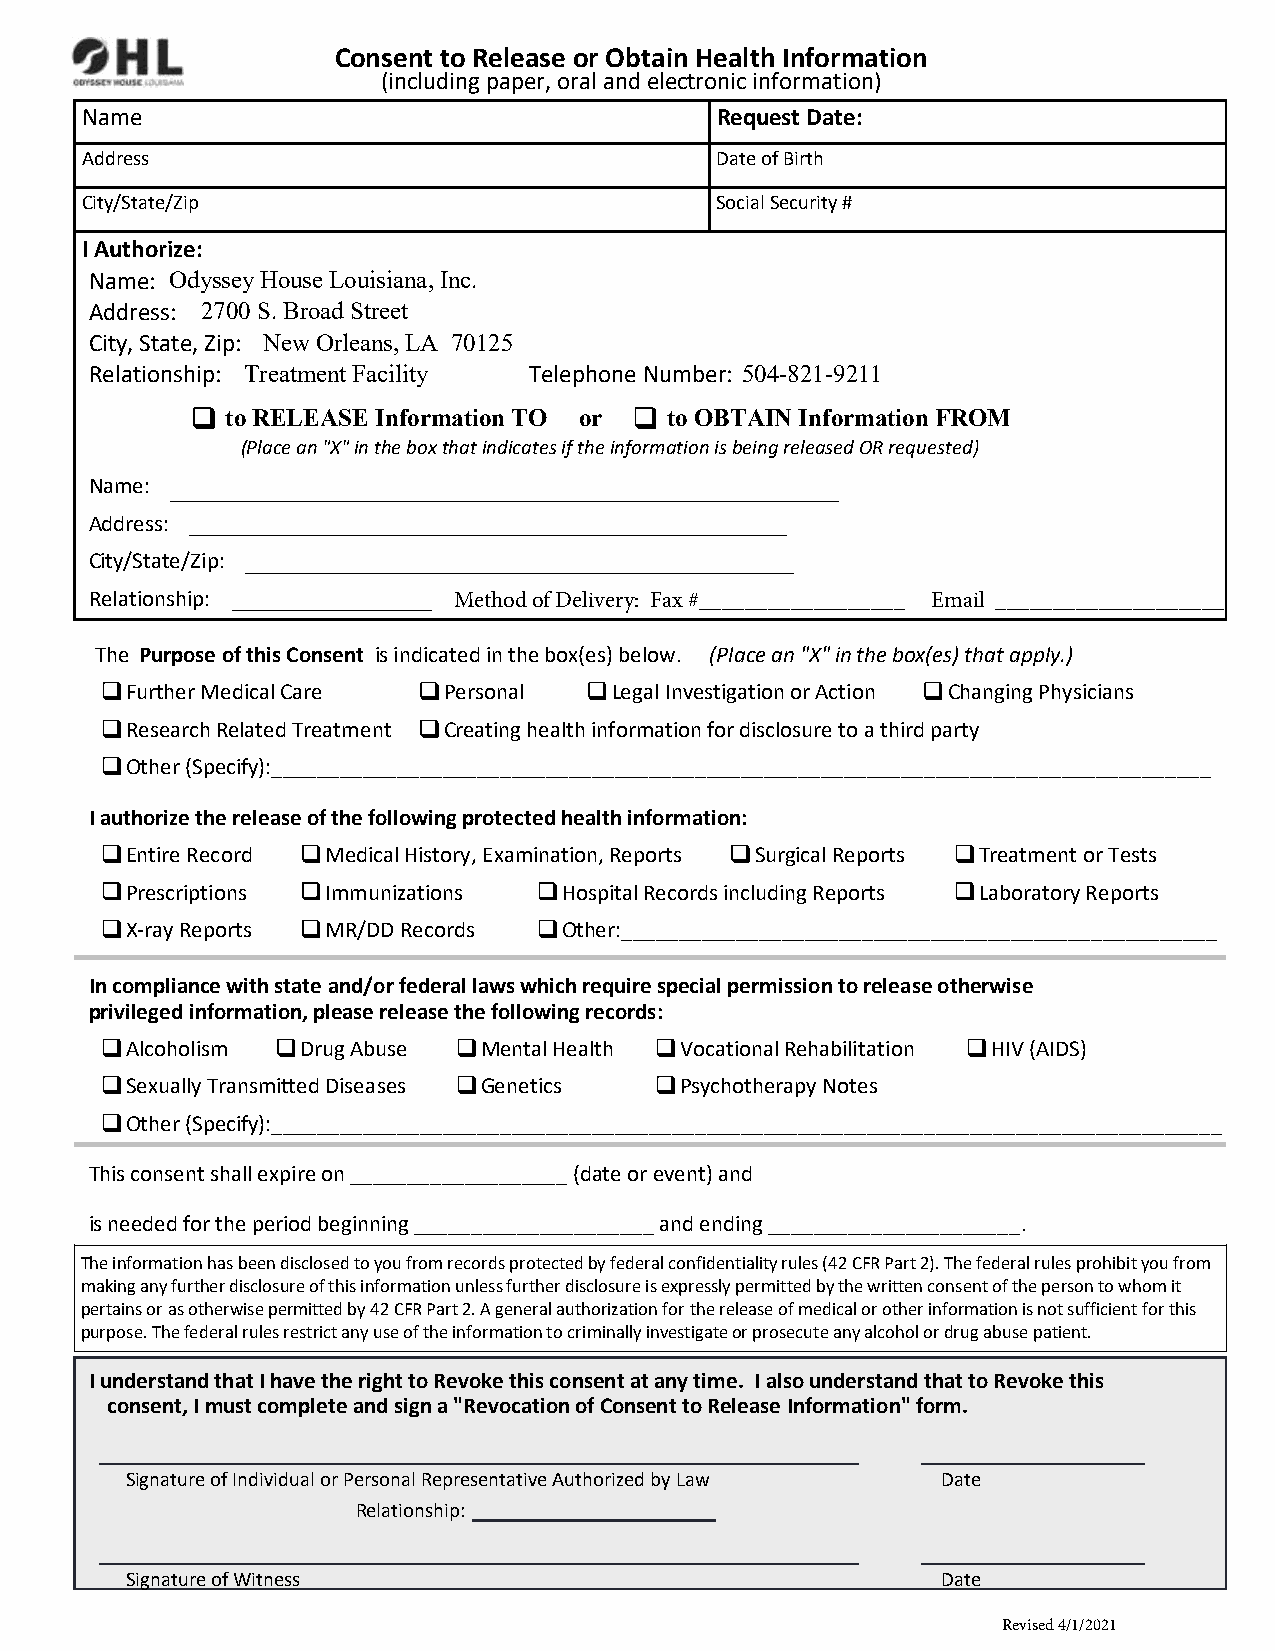
Consent to Release or Obtain Health Information
 (including paper, oral and electronic information)
 Name                                      Request Date:
 Address                                   Date of Birth
 City/State/Zip                            Social Security #
 I Authorize:
 Name: Odyssey House Louisiana, Inc.
 Address: 2700 S. Broad Street
 City, State, Zip: New Orleans, LA 70125
 Relationship: Treatment Facility Telephone Number: 504-821-9211
 to RELEASE Information TO or to OBTAIN Information FROM
 (Place an "X" in the box that indicates if the information is being released OR requested)
 ________________________________________
 Name:
 Address: ________________________________________________
 City/State/Zip: ____________________________________________
 Relationship: ________________ Method of Delivery: Fax #__________________ Email ____________________
 The Purpose of this Consent is indicated in the box(es) below. (Place an "X" in the box(es) that apply.)
 Further Medical Care Personal   Legal Investigation or Action Changing Physicians
 Research Related Treatment Creating health information for disclosure to a third party
 Other (Specify):__________________________________________________________________________________
 I authorize the release of the following protected health information:
 Entire Record Medical History, Examination, Reports Surgical Reports Treatment or Tests
 Prescriptions Immunizations  Hospital Records including Reports Laboratory Reports
 X-ray Reports MR/DD Records  Other:____________________________________________________
 In compliance with state and/or federal laws which require special permission to release otherwise
 privileged information, please release the following records:
 Alcoholism  Drug Abuse  Mental Health Vocational Rehabilitation HIV (AIDS)
 Sexually Transmitted Diseases Genetics Psychotherapy Notes
 Other (Specify):___________________________________________________________________________________
 This consent shall expire on ___________________ (date or event) and
 is needed for the period beginning _____________________ and ending ______________________.
 The information has been disclosed to you from records protected by federal confidentiality rules (42 CFR Part 2). The federal rules prohibit you from
 making any further disclosure of this information unless further disclosure is expressly permitted by the written consent of the person to whom it
 pertains or as otherwise permitted by 42 CFR Part 2. A general authorization for the release of medical or other information is not sufficient for this
 purpose. The federal rules restrict any use of the information to criminally investigate or prosecute any alcohol or drug abuse patient.
 I understand that I have the right to Revoke this consent at any time. I also understand that to Revoke this
 consent, I must complete and sign a "Revocation of Consent to Release Information" form.
 Signature of Individual or Personal Representative Authorized by Law Date
 Relationship:
 Signature of Witness                                  Date
 Revised 4/1/2021